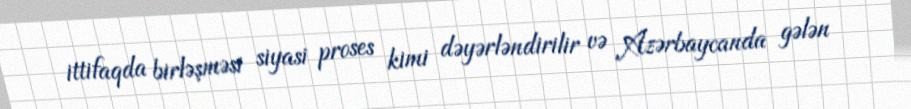
ittifaqda birləşməsi siyasi proses kimi dəyərləndirilir və Azərbaycanda gələn